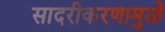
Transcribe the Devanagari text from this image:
सादरीकरणामुळे